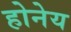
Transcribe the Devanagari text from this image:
होनेय